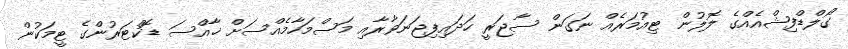
ގޯލްޑްފިޝްއެއްގެ ލޮލުން ޓިއުމަރެއް ނަގަން ސާޖަރީ ހަދައިފިޖަނަވާރާއި މަސްމަހާމެއްސަށް ޚާއްސަ ޑޮކްޓަރުންގެ ޓީމަކުން